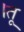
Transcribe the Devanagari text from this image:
।तू